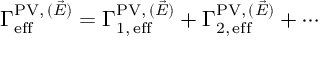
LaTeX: \Gamma _ { \mathrm { e f f } } ^ { \mathrm { P V } , \, ( \vec { E } ) } = \Gamma _ { 1 , \, \mathrm { e f f } } ^ { \mathrm { P V } , \, ( \vec { E } ) } + \Gamma _ { 2 , \, \mathrm { e f f } } ^ { \mathrm { P V } , \, ( \vec { E } ) } + \cdots